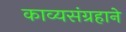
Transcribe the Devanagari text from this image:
काव्यसंग्रहाने